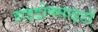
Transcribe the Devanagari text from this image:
हाइड्रोक्साइडों